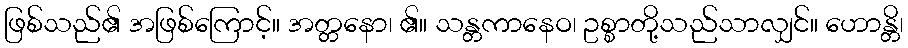
ဖြစ်သည်၏ အဖြစ်ကြောင့်။ အတ္တနော၊ ၏။ သန္တကာနေဝ၊ ဥစ္စာတို့သည်သာလျှင်။ ဟောန္တိ၊